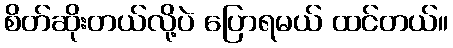
စိတ်ဆိုးတယ်လို့ပဲ ပြောရမယ် ထင်တယ်။